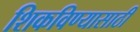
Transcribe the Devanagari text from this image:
शिकविण्‍यासाठी